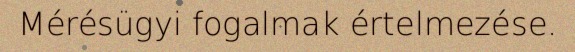
Mérésügyi fogalmak értelmezése.